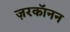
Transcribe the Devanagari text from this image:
ज़रकॉनन